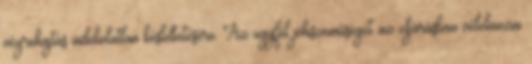
végrehajtás indokolatlan késleltetésére. Az ügyfél jóhiszeműségét az eljárásban vélelmezni